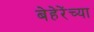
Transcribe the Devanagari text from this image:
बेहेरेंच्या